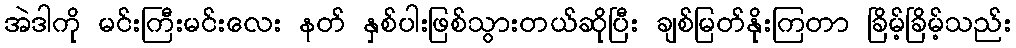
အဲဒါကို မင်းကြီးမင်းလေး နတ် နှစ်ပါးဖြစ်သွားတယ်ဆိုပြီး ချစ်မြတ်နိုးကြတာ ခြိမ့်ခြိမ့်သည်း